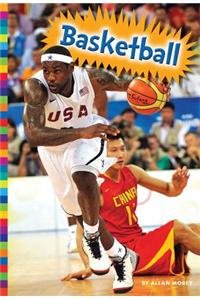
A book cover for Basketball (Summer Olympic Sports); Allan Morey; Children's Books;